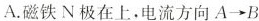
A.磁铁N极在上，电流方向A→B